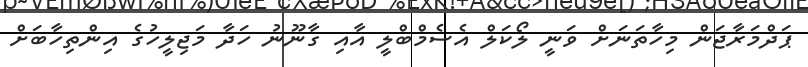
ޕަދްމަރާޖަން މިހާތަނަށް ވަނީ ލޯކަލް އެސެމްބްލީ އާއި ގާނޫނު ހަދާ މަޖިލީހުގެ އިންތިހާބަށް